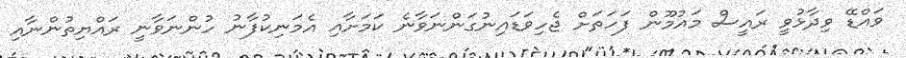
ވައްޑޭ ވިދާޅުވީ ރައީސް މައުމޫން ފަހަތަށް ޖެހިވަޑައިނުގަންނަވާނެ ކަމަށާއި އެމަނިކުފާނު ހުންނަވާނީ ރައްޔިތުންނާއި